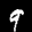
Label: 9